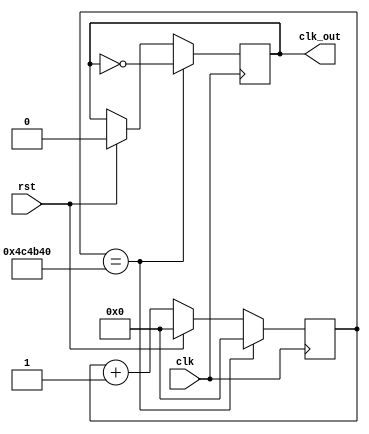
`timescale 1ns / 1ps
//////////////////////////////////////////////////////////////////////////////////
// Company: 
// Engineer: 
// 
// Design Name: 
// Module Name:    clk_modifier 
// Project Name: 
// Target Devices: 
// Tool versions: 
// Description: 
//
// Dependencies: 
//
// Revision: 
// Revision 0.01 - File Created
// Additional Comments: 
//
//////////////////////////////////////////////////////////////////////////////////
module clk_modifier(
	input clk, rst,
	output reg clk_out
    );
	 reg [23:0] internal;
	 always @(posedge clk) begin
	 if(rst) begin
			internal<=0;
			clk_out<=0;
	 end
	 else 
			internal <=internal+1;
	// since we have 10MHz clk and we want to make it 1 Hz = 1 sec
	// our original clk = 0.1usec
	// so we need to flip our clk_out every 5000000*0.1usec = 0.5sec
	if(internal ==5000000) begin    
		clk_out<=~clk_out;
		internal <=0;
	end
end

endmodule